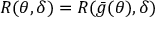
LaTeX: R ( \theta , \delta ) = R ( { \bar { g } } ( \theta ) , \delta )